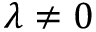
\lambda \neq 0